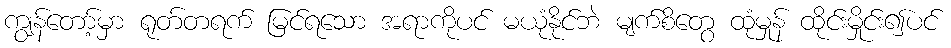
ကျွန်တော့်မှာ ရုတ်တရက် မြင်ရသော အရာကိုပင် မယုံနိုင်ဘဲ မျက်စိတွေ ထုံမှုန် ထိုင်းမှိုင်း၍ပင်